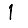
Digit: 1